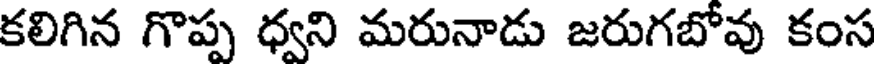
కలిగిన గొప్ప ధ్వని మరునాడు జరుగబోవు కంస